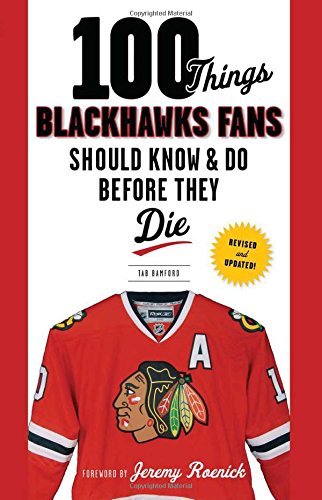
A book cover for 100 Things Blackhawks Fans Should Know & Do Before They Die (100 Things...Fans Should Know); Tab Bamford; Sports & Outdoors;